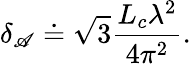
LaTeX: \delta_{\mathscr{A}}\doteq\sqrt{{3}}{{\frac{{L_{c}\lambda^{2}}}{{4\pi^{2}}}}}.